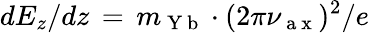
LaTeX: dE_{z}/dz\, =\, m_{\mathrm{~Y~b~}}\cdot(2\pi\nu_{\mathrm{~a~x~}})^{2}/e